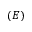
( E )